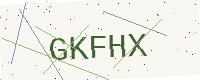
Text: GKFHX